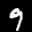
Label: 9